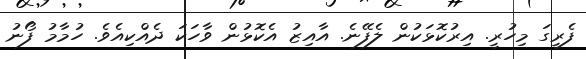
ފެރީގަ މިހުރީ. އިރުކޮޅަކުން ލެފޭނެ. އާއިޒު އެކޮޅުން ވާހަކަ ދެއްކިއެވެ. ހުމާމު ފޯނު